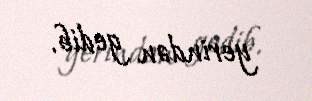
yerindən gedib.